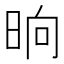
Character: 晌